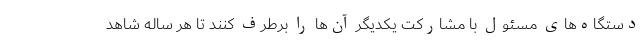
دستگاه‌های مسئول با مشارکت یکدیگر آن‌ها را برطرف کنند تا هر ساله شاهد